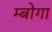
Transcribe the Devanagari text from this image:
म्बोगा